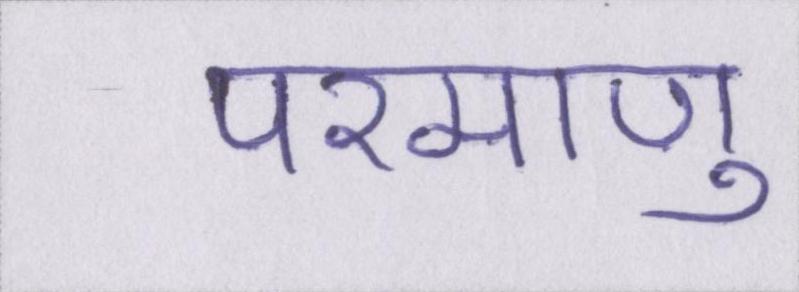
परमाणु